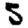
Digit: 5